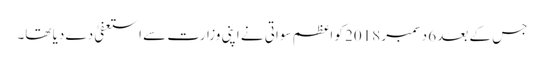
جس کے بعد 6 دسمبر 2018 کو اعظم سواتی نے اپنی وزارت سے استعفیٰ دے دیا تھا۔